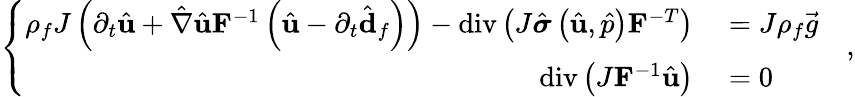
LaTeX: \left\{ \begin{array}{ll}{\begin{array}{rl}{\rho_{f}J\left(\partial_{t}\hat{\mathbf{u}}+\hat{\nabla}\hat{\mathbf{u}}\mathbf{F}^{-1}\left(\hat{\mathbf{u}}-\partial_{t}\hat{\mathbf{d}}_{f}\right)\right)-\operatorname{div}\left(J\hat{\boldsymbol{\sigma}}\left(\hat{\mathbf{u}},\hat{p}\right)\mathbf{F}^{-T}\right)}&{{}=J\rho_{f}\vec{g}\quad}\\ {\operatorname{div}\left(J\mathbf{F}^{-1}\hat{\mathbf{u}}\right)}&{{}=0\quad}\end{array}}\end{array}\right.,